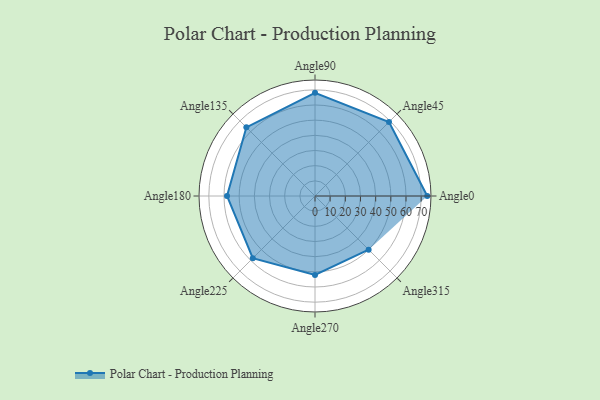
{"axis": {"x": "Angle", "y": "Radius"}, "legend": [""], "data": [{"x": "Angle0", "y": 74.0, "type": ""}, {"x": "Angle45", "y": 69.0, "type": ""}, {"x": "Angle90", "y": 68.0, "type": ""}, {"x": "Angle135", "y": 64.0, "type": ""}, {"x": "Angle180", "y": 58.0, "type": ""}, {"x": "Angle225", "y": 58.0, "type": ""}, {"x": "Angle270", "y": 52.0, "type": ""}, {"x": "Angle315", "y": 50, "type": ""}]}